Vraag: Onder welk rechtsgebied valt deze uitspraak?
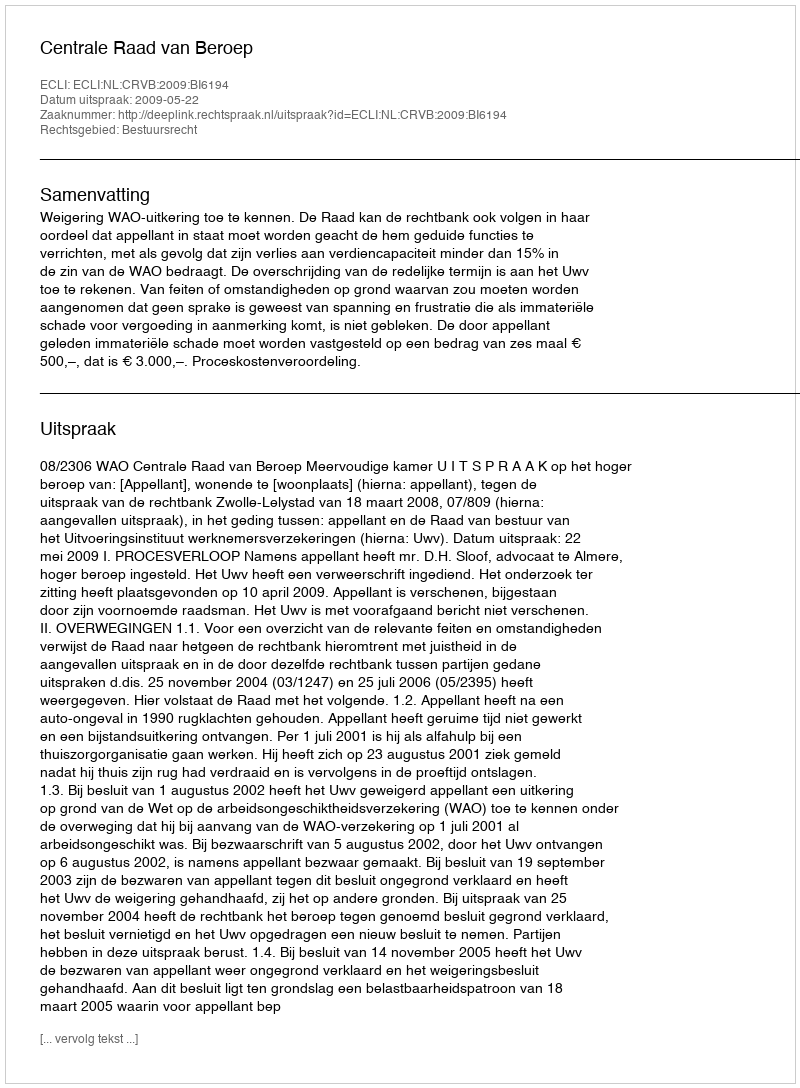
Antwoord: Bestuursrecht